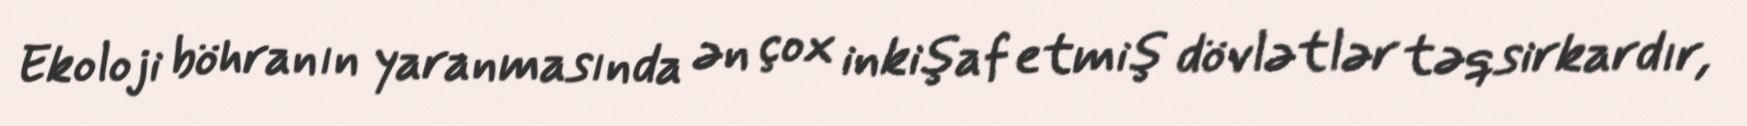
Ekoloji böhranın yaranmasında ən çox inkişaf etmiş dövlətlər təqsirkardır,